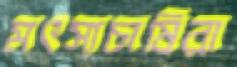
মৎস্যচাষিরা